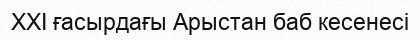
XXI ғасырдағы Арыстан баб кесенесі